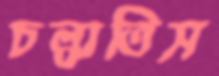
চল্‌কাতিস